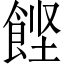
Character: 𲋙